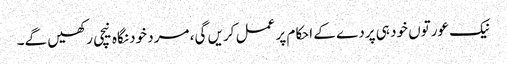
نیک عورتوں خود ہی پردے کے احکام پر عمل کریں گی، مرد خود نگاہ نیچی رکھیں گے۔